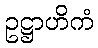
ဥဋ္ဌာဟိကံ